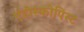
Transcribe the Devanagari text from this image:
एंडोस्कोपिस्ट